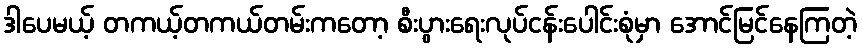
ဒါပေမယ့် တကယ့်တကယ်တမ်းကတော့ စီးပွားရေးလုပ်ငန်းပေါင်းစုံမှာ အောင်မြင်နေကြတဲ့